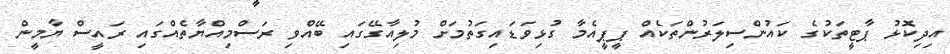
އިދިކޮޅު ޕާޓީތަކުގެ ކައުންސިލަރުންތަކެއް ޕީޕީއެމާ ގުޅިވަޑައިގަތުމަށް މުލިއާގޭގައި ބޭއްވި ރަސްމިއްޔާތެއްގައި ރައީސް ޔާމީން